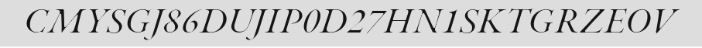
CMYSGJ86DUJIP0D27HN1SKTGRZEOV